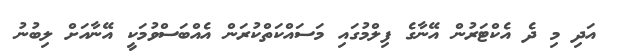
އަދި މި ދެ އެކްޓަރުން އޭނާގެ ފިލްމުގައި މަސައްކަތްކުރަން އެއްބަސްވުމަކީ އޭނާއަށް ލިބުނު